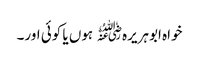
خواہ ابوہریرہ﷜ ہوں یا کوئی اور۔